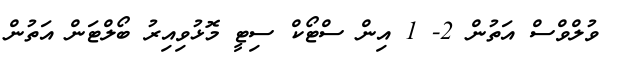
ވުލްވްސް އަތުން 2- 1 އިން ސްޓޯކް ސިޓީ މޮޅުވިއިރު ބޯލްޓަން އަތުން